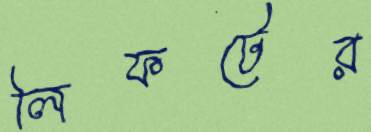
লিফটের